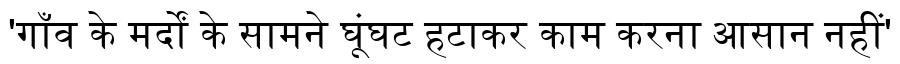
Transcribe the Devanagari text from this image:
'गाँव के मर्दों के सामने घूंघट हटाकर काम करना आसान नहीं'